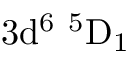
\mathrm { 3 d ^ { 6 } \ ^ { 5 } D _ { 1 } }